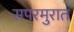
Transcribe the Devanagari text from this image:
सपरमुरात